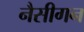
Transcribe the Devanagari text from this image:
नैसीगन